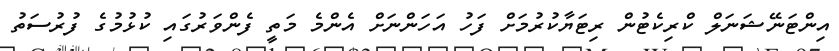
އިންޓަނޭޝަނަލް ކްރިކެޓުން ރިޓަޔާކުރުމަށް ފަހު އަހަންނަށް އެންމެ މަތީ ފެންވަރުގައި ކުޅުމުގެ ފުރުސަތު